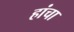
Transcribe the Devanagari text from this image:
हांचा